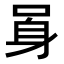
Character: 𨈗